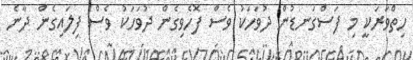
ހިތްވަރަކީ މި ފަސްގަނޑުން ދުވަހަކު ވެސް ފޮހެވިގެން ދުވަހަކު ވެސް ފިލައިގެން ދާނެ